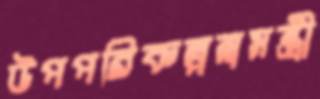
উপপরিকল্পনামন্ত্রী